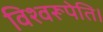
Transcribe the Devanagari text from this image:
विश्वरूपेति।